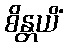
စိန္တယိံ